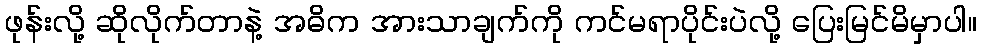
ဖုန်းလို့ ဆိုလိုက်တာနဲ့ အဓိက အားသာချက်ကို ကင်မရာပိုင်းပဲလို့ ပြေးမြင်မိမှာပါ။